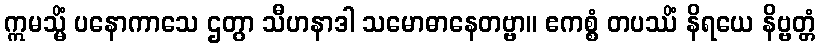
ဣမသ္မိံ ပနောကာသေ ဌတွာ သီဟနာဒါ သမောဓာနေတဗ္ဗာ။ ဧကစ္စံ တပဿိံ နိရယေ နိဗ္ဗတ္တံ